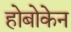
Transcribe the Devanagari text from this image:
होबोकेन